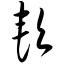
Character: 软